Report on vaccination in Madras 1904-1921 - 1904-1921
Year: 1904
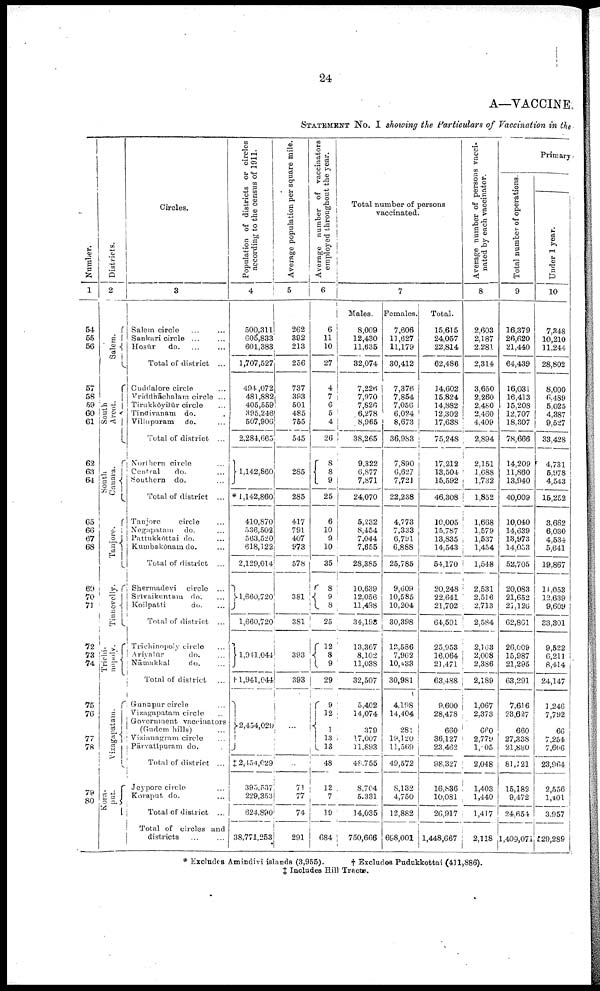
24
A—VACCINE
STATEMENT No. I showing the Particulars of Vaccination in the
Number.
1
54
55
56
57
58
59
60
61
62
63
64
65
66
67
68
69
70
71
72
73
74
75
76
77
78
79
80
Districts.
2
Salem.
South
Arcot.
South
Canara.
Tanjore.
Tinnevelly.
Trichi¬
nopoly.
Vizagapatam.
Kora¬
put.
Circles.
3
Salem circle ... ...
Sankari circle ... ...
Hosūr
do. ...
Total of district ...
Cuddalore circle ...
Vriddhāchalam circle ...
Tirukkōyilūr circle ...
Tindivanam do. ...
Villupuram do. ...
Total of district ...
Northern circle ...
Central
do. ...
Southern do. ...
Total of district ...
Tanjore
circle ...
Negapatam
do. ...
Pattukkōttai do. ...
Kumbakōnam do. ...
Total of district ...
Shermadevi circle ...
Srivaikuntam do. ...
Koilpatti
do. ...
Total of district ...
Trichinopoly circle ...
Ariyalūr
do. ...
Nāmakkal
do. ...
Total of district ...
Gunupur circle ...
Vizagapatam circle ...
Government vaccinators
(Gudem hills) ...
Vizianagram circle ...
Pārvatīpuram do. ...
Total of district ...
Jeypore circle ...
Koraput do. ...
Total of district ...
Total of circles and
districts ...
Population of districts or circles
according to the census of 1911.
4
500,311
605,833
601,383
1,707,527
494 ,072
481,882
405,559
395,246
507,906
2,284,665
1,142,860
*1,142,860
410,870
536,502
563,520
618,122
2,129,014
1,660,720
1,660,720
1,941,044
†1,941,044
2,454,029
‡2,454,029
395,537
229,353
624,890
38,771,253
Average population per square mile.
5
262
392
213
256
737
393
501
485
755
545
285
285
417
791
407
973
578
381
381
393
393
...
...
71
77
74
291
Average number of vaccinators
employed throughout the year.
6
6
11
10
27
4
7
6
5
4
26
8
8
9
25
6
10
9
10
35
8
9
8
25
12
8
9
29
9
12 1
13
13
48
12
7
19
684
Total number of persons
vaccinated.
7
Males.
8,009
12,430
11,635
32,074
7,226
7,970
7,826
6,278
8,965
38,265
9,322
6,877
7,871
24,070
5,232
8,454
7,044
7,655
28,385
10,639
12,056
11,498
34,193
13,367
8,102
11,038
32,507
5,402
14,074
379
17,007
11,893
48,755
8,704
5,331
14,035
750,666
Females.
7,606
11,627
11,179
30,412
7,376
7,854
7,056
6,024
8,673
36,983
7,890
6,627
7,721
22,238
4,773
7,333
6,791
6,888
25,785
9,609
10,585
10,204
30,398
12,586
7,962
10,433
30,981
4,198
14,404
281
19,120
11,569
49,572
8,132
4,750
12,882
698,001
Total.
15,615
24,057
22,814
62,486
14,602
15,824
14,882
12,302
17,638
75,248
17,212
13,504
15,592
46,308
10,005
15,787
13,835
14,543
54,170
20,248
22,641
21,702
64,591
25,953
16,064
21,471
63,488
9,600
28,478
660
36,127
23,462
98,327
16,836
10,081
26,917
1,448,667
Average number of persons vacci
nated by each vaccinator.
8
2,603
2,187
2,281
2,314
3,650
2,260
2,480
2,460
4,409
2,894
2,151
1,688
1,732
1,852
1,668
1,579
1,537
1,454
1,548
2,531
2,516
2,713
2,584
2,163
2,008
2,386
2,189
1,067
2,373
660
2,779
1,005
2,048
1,403
1,440
1,417
2,118
Primary
Total number of operations.
9
16,379
26,620
21,440
64,439
16,031
16,413
15,208
12,707
18,307
78,666
14,209
11,860
13,940
40,009
10,040
14,639
13,973
14,053
52,705
20,083
21,652
21,126
62,861
26,009
15,987
21,295
63,291
7,616
23,627
660
27,338
21,880
81,121
15,182
9,472
24,654
1,409,071
Under 1 year.
10
7,348
10,210
11,244
28,802
8,000
6,489
5,025
4,387
9,527
33,428
4,731
5,978
4,543
15,252
3,662
6,030
4,534
5,641
19,867
11,053
12,639
9,609
83,301
9,522
6,211
8,414
24,147
1,246
7,792
66
7,254
7,606
23,964
2,556
1,401
3,957
529,289
* Excludes Amindivi islands (3,955).
† Excludes Pudukkottai (411,886).
‡ Includes Hill Tracts.